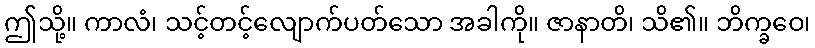
ဤသို့။ ကာလံ၊ သင့်တင့်လျောက်ပတ်သော အခါကို။ ဇာနာတိ၊ သိ၏။ ဘိက္ခဝေ၊